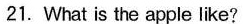
21. What is the apple like?